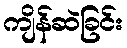
ကျိန်ဆဲခြင်း